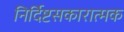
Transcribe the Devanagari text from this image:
निर्दिष्टसकारात्मक